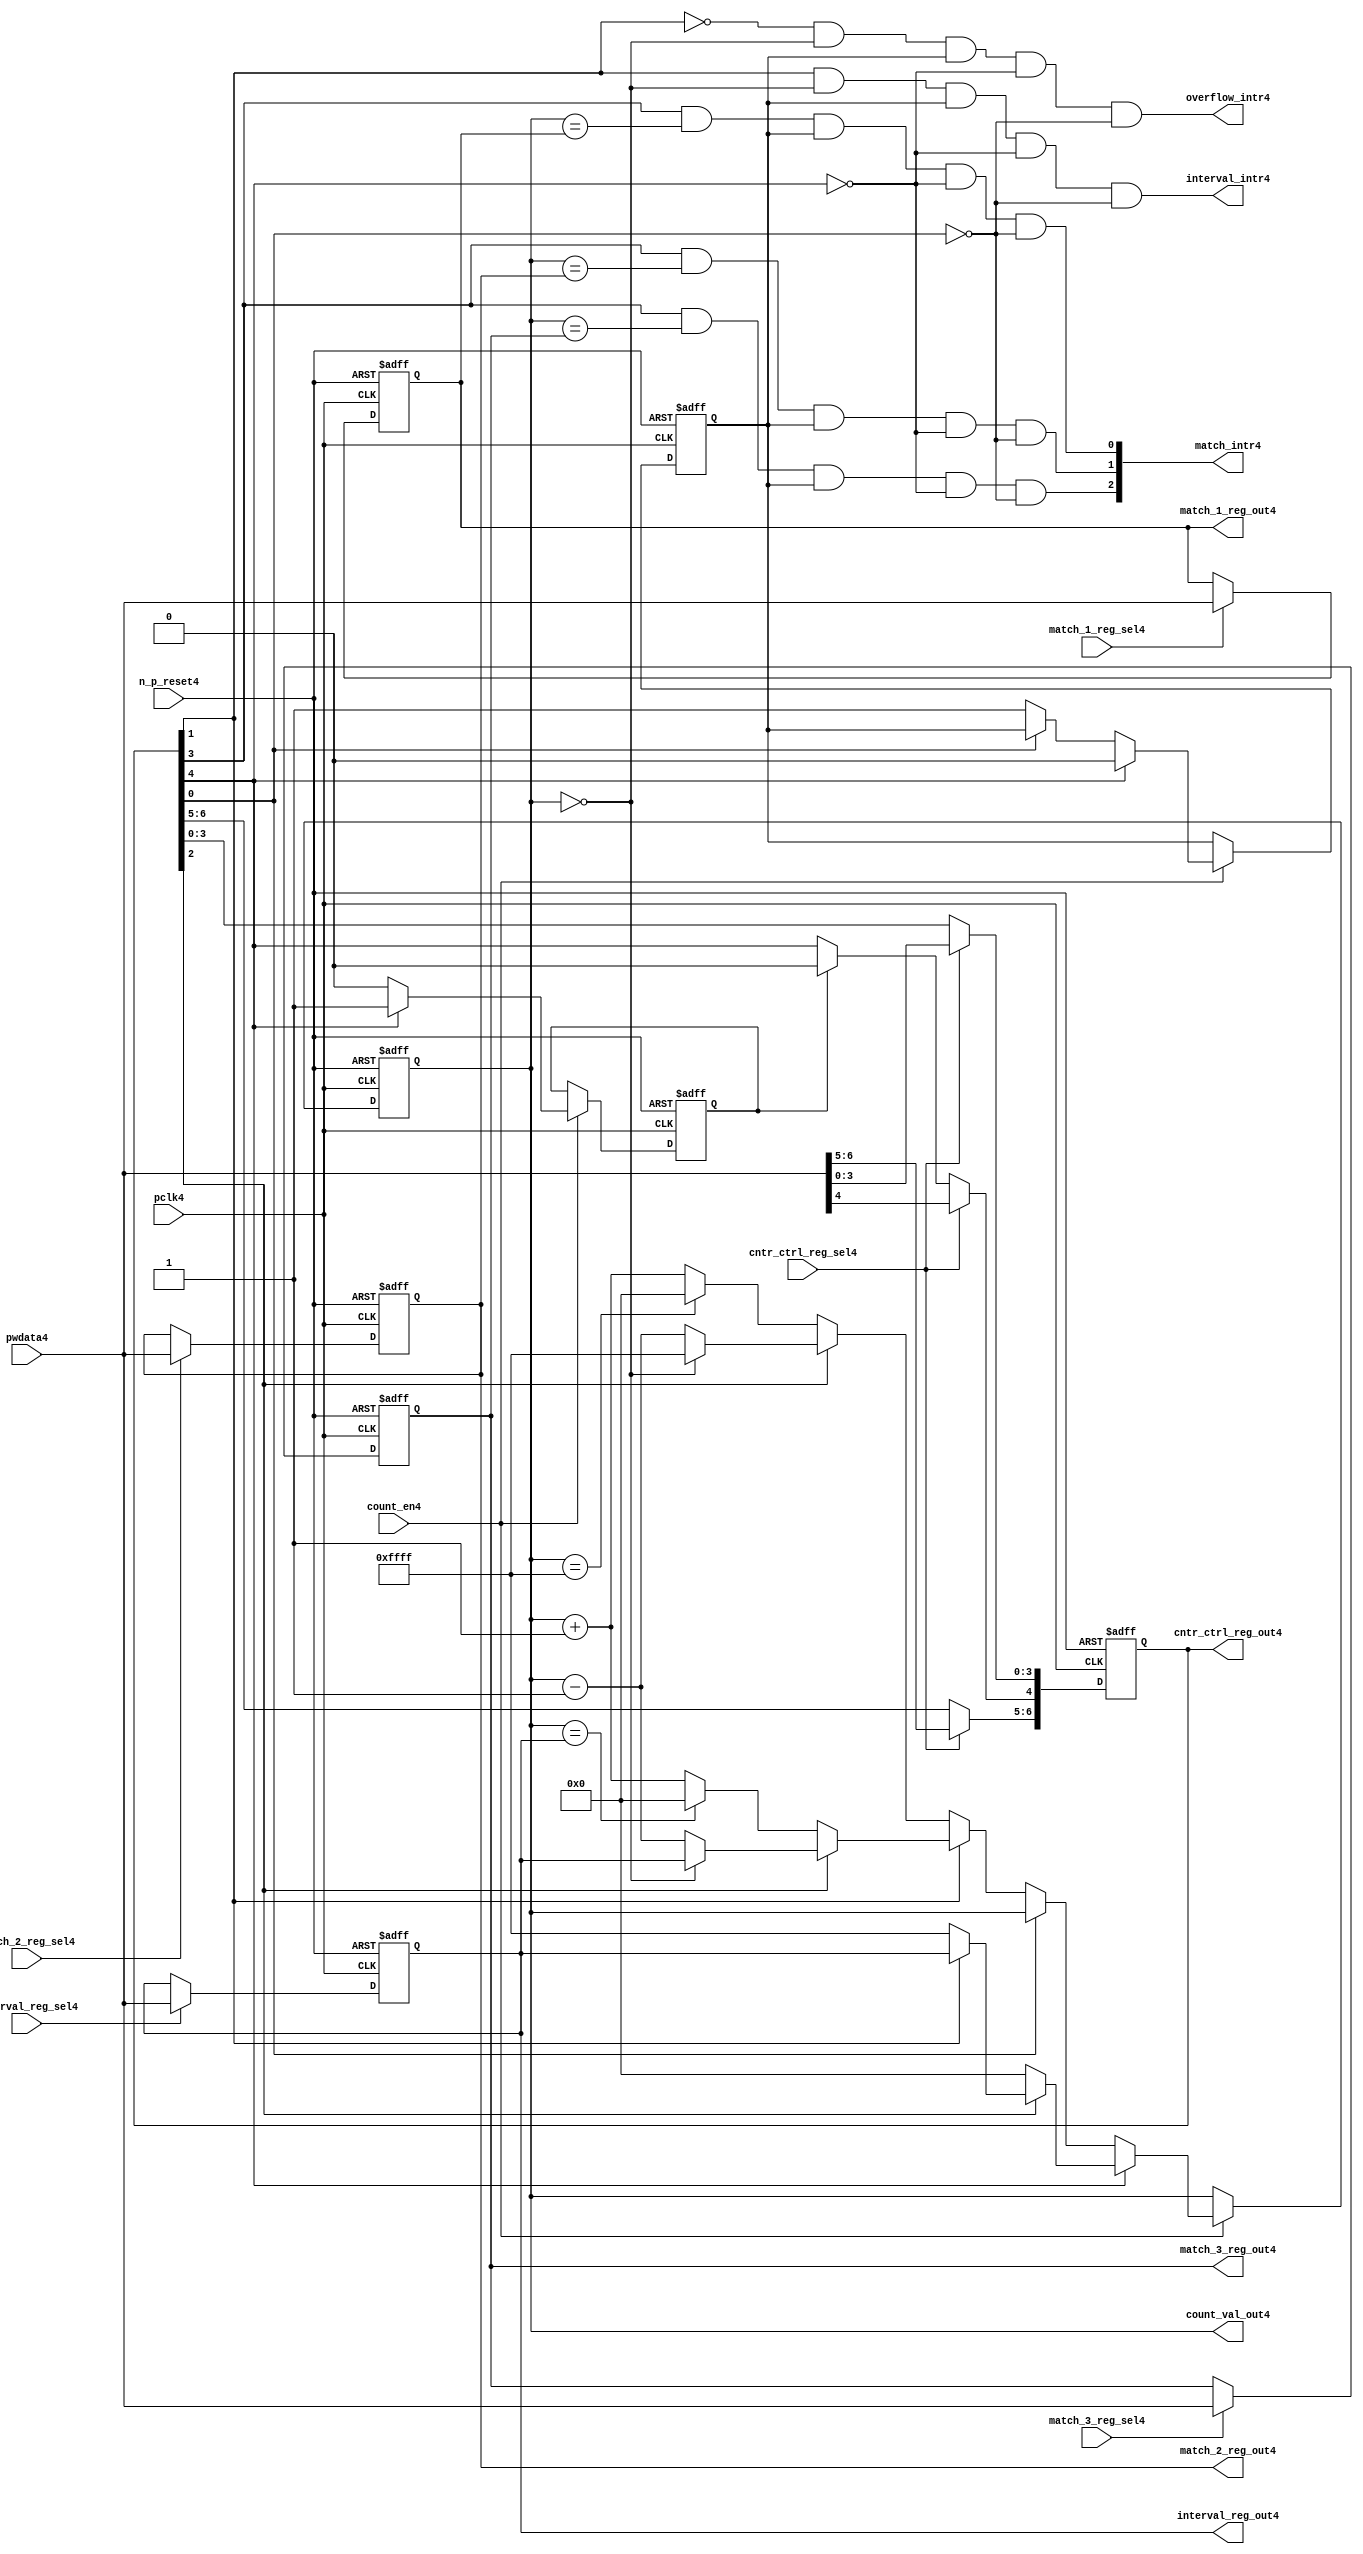
//File4 name   : ttc_counter_lite4.v
//Title4       : 
//Created4     : 1999
//Description4 :The counter can increment and decrement.
//   In increment mode instead of counting4 to its full 16 bit
//   value the counter counts4 up to or down from a programmed4 interval4 value.
//   Interrupts4 are issued4 when the counter overflows4 or reaches4 it's interval4
//   value. In match mode if the count value equals4 that stored4 in one of three4
//   match registers an interrupt4 is issued4.
//Notes4       : 
//----------------------------------------------------------------------
//   Copyright4 1999-2010 Cadence4 Design4 Systems4, Inc4.
//   All Rights4 Reserved4 Worldwide4
//
//   Licensed4 under the Apache4 License4, Version4 2.0 (the
//   "License4"); you may not use this file except4 in
//   compliance4 with the License4.  You may obtain4 a copy of
//   the License4 at
//
//       http4://www4.apache4.org4/licenses4/LICENSE4-2.0
//
//   Unless4 required4 by applicable4 law4 or agreed4 to in
//   writing, software4 distributed4 under the License4 is
//   distributed4 on an "AS4 IS4" BASIS4, WITHOUT4 WARRANTIES4 OR4
//   CONDITIONS4 OF4 ANY4 KIND4, either4 express4 or implied4.  See
//   the License4 for the specific4 language4 governing4
//   permissions4 and limitations4 under the License4.
//----------------------------------------------------------------------
//


module ttc_counter_lite4(

  //inputs4
  n_p_reset4,    
  pclk4,          
  pwdata4,              
  count_en4,
  cntr_ctrl_reg_sel4, 
  interval_reg_sel4,
  match_1_reg_sel4,
  match_2_reg_sel4,
  match_3_reg_sel4,         

  //outputs4    
  count_val_out4,
  cntr_ctrl_reg_out4,
  interval_reg_out4,
  match_1_reg_out4,
  match_2_reg_out4,
  match_3_reg_out4,
  interval_intr4,
  match_intr4,
  overflow_intr4

);


//--------------------------------------------------------------------
// PORT DECLARATIONS4
//--------------------------------------------------------------------

   //inputs4
   input          n_p_reset4;         //reset signal4
   input          pclk4;              //System4 Clock4
   input [15:0]   pwdata4;            //6 Bit4 data signal4
   input          count_en4;          //Count4 enable signal4
   input          cntr_ctrl_reg_sel4; //Select4 bit for ctrl_reg4
   input          interval_reg_sel4;  //Interval4 Select4 Register
   input          match_1_reg_sel4;   //Match4 1 Select4 register
   input          match_2_reg_sel4;   //Match4 2 Select4 register
   input          match_3_reg_sel4;   //Match4 3 Select4 register

   //outputs4
   output [15:0]  count_val_out4;        //Value for counter reg
   output [6:0]   cntr_ctrl_reg_out4;    //Counter4 control4 reg select4
   output [15:0]  interval_reg_out4;     //Interval4 reg
   output [15:0]  match_1_reg_out4;      //Match4 1 register
   output [15:0]  match_2_reg_out4;      //Match4 2 register
   output [15:0]  match_3_reg_out4;      //Match4 3 register
   output         interval_intr4;        //Interval4 interrupt4
   output [3:1]   match_intr4;           //Match4 interrupt4
   output         overflow_intr4;        //Overflow4 interrupt4

//--------------------------------------------------------------------
// Internal Signals4 & Registers4
//--------------------------------------------------------------------

   reg [6:0]      cntr_ctrl_reg4;     // 5-bit Counter4 Control4 Register
   reg [15:0]     interval_reg4;      //16-bit Interval4 Register 
   reg [15:0]     match_1_reg4;       //16-bit Match_14 Register
   reg [15:0]     match_2_reg4;       //16-bit Match_24 Register
   reg [15:0]     match_3_reg4;       //16-bit Match_34 Register
   reg [15:0]     count_val4;         //16-bit counter value register
                                                                      
   
   reg            counting4;          //counter has starting counting4
   reg            restart_temp4;   //ensures4 soft4 reset lasts4 1 cycle    
   
   wire [6:0]     cntr_ctrl_reg_out4; //7-bit Counter4 Control4 Register
   wire [15:0]    interval_reg_out4;  //16-bit Interval4 Register 
   wire [15:0]    match_1_reg_out4;   //16-bit Match_14 Register
   wire [15:0]    match_2_reg_out4;   //16-bit Match_24 Register
   wire [15:0]    match_3_reg_out4;   //16-bit Match_34 Register
   wire [15:0]    count_val_out4;     //16-bit counter value register

//-------------------------------------------------------------------
// Assign4 output wires4
//-------------------------------------------------------------------

   assign cntr_ctrl_reg_out4 = cntr_ctrl_reg4;    // 7-bit Counter4 Control4
   assign interval_reg_out4  = interval_reg4;     // 16-bit Interval4
   assign match_1_reg_out4   = match_1_reg4;      // 16-bit Match_14
   assign match_2_reg_out4   = match_2_reg4;      // 16-bit Match_24 
   assign match_3_reg_out4   = match_3_reg4;      // 16-bit Match_34 
   assign count_val_out4     = count_val4;        // 16-bit counter value
   
//--------------------------------------------------------------------
// Assigning4 interrupts4
//--------------------------------------------------------------------

   assign interval_intr4 =  cntr_ctrl_reg4[1] & (count_val4 == 16'h0000)
      & (counting4) & ~cntr_ctrl_reg4[4] & ~cntr_ctrl_reg4[0];
   assign overflow_intr4 = ~cntr_ctrl_reg4[1] & (count_val4 == 16'h0000)
      & (counting4) & ~cntr_ctrl_reg4[4] & ~cntr_ctrl_reg4[0];
   assign match_intr4[1]  =  cntr_ctrl_reg4[3] & (count_val4 == match_1_reg4)
      & (counting4) & ~cntr_ctrl_reg4[4] & ~cntr_ctrl_reg4[0];
   assign match_intr4[2]  =  cntr_ctrl_reg4[3] & (count_val4 == match_2_reg4)
      & (counting4) & ~cntr_ctrl_reg4[4] & ~cntr_ctrl_reg4[0];
   assign match_intr4[3]  =  cntr_ctrl_reg4[3] & (count_val4 == match_3_reg4)
      & (counting4) & ~cntr_ctrl_reg4[4] & ~cntr_ctrl_reg4[0];


//    p_reg_ctrl4: Process4 to write to the counter control4 registers
//    cntr_ctrl_reg4 decode:  0 - Counter4 Enable4 Active4 Low4
//                           1 - Interval4 Mode4 =1, Overflow4 =0
//                           2 - Decrement4 Mode4
//                           3 - Match4 Mode4
//                           4 - Restart4
//                           5 - Waveform4 enable active low4
//                           6 - Waveform4 polarity4
   
   always @ (posedge pclk4 or negedge n_p_reset4)
   begin: p_reg_ctrl4  // Register writes
      
      if (!n_p_reset4)                                   
      begin                                     
         cntr_ctrl_reg4 <= 7'b0000001;
         interval_reg4  <= 16'h0000;
         match_1_reg4   <= 16'h0000;
         match_2_reg4   <= 16'h0000;
         match_3_reg4   <= 16'h0000;  
      end    
      else 
      begin
         if (cntr_ctrl_reg_sel4)
            cntr_ctrl_reg4 <= pwdata4[6:0];
         else if (restart_temp4)
            cntr_ctrl_reg4[4]  <= 1'b0;    
         else 
            cntr_ctrl_reg4 <= cntr_ctrl_reg4;             

         interval_reg4  <= (interval_reg_sel4) ? pwdata4 : interval_reg4;
         match_1_reg4   <= (match_1_reg_sel4)  ? pwdata4 : match_1_reg4;
         match_2_reg4   <= (match_2_reg_sel4)  ? pwdata4 : match_2_reg4;
         match_3_reg4   <= (match_3_reg_sel4)  ? pwdata4 : match_3_reg4;   
      end
      
   end  //p_reg_ctrl4

   
//    p_cntr4: Process4 to increment or decrement the counter on receiving4 a 
//            count_en4 signal4 from the pre_scaler4. Count4 can be restarted4
//            or disabled and can overflow4 at a specified interval4 value.
   
   
   always @ (posedge pclk4 or negedge n_p_reset4)
   begin: p_cntr4   // Counter4 block

      if (!n_p_reset4)     //System4 Reset4
      begin                     
         count_val4 <= 16'h0000;
         counting4  <= 1'b0;
         restart_temp4 <= 1'b0;
      end
      else if (count_en4)
      begin
         
         if (cntr_ctrl_reg4[4])     //Restart4
         begin     
            if (~cntr_ctrl_reg4[2])  
               count_val4         <= 16'h0000;
            else
            begin
              if (cntr_ctrl_reg4[1])
                 count_val4         <= interval_reg4;     
              else
                 count_val4         <= 16'hFFFF;     
            end
            counting4       <= 1'b0;
            restart_temp4   <= 1'b1;

         end
         else 
         begin
            if (!cntr_ctrl_reg4[0])          //Low4 Active4 Counter4 Enable4
            begin

               if (cntr_ctrl_reg4[1])  //Interval4               
                  if (cntr_ctrl_reg4[2])  //Decrement4        
                  begin
                     if (count_val4 == 16'h0000)
                        count_val4 <= interval_reg4;  //Assumed4 Static4
                     else
                        count_val4 <= count_val4 - 16'h0001;
                  end
                  else                   //Increment4
                  begin
                     if (count_val4 == interval_reg4)
                        count_val4 <= 16'h0000;
                     else           
                        count_val4 <= count_val4 + 16'h0001;
                  end
               else    
               begin  //Overflow4
                  if (cntr_ctrl_reg4[2])   //Decrement4
                  begin
                     if (count_val4 == 16'h0000)
                        count_val4 <= 16'hFFFF;
                     else           
                        count_val4 <= count_val4 - 16'h0001;
                  end
                  else                    //Increment4
                  begin
                     if (count_val4 == 16'hFFFF)
                        count_val4 <= 16'h0000;
                     else           
                        count_val4 <= count_val4 + 16'h0001;
                  end 
               end
               counting4  <= 1'b1;
            end     
            else
               count_val4 <= count_val4;   //Disabled4
   
            restart_temp4 <= 1'b0;
      
         end
     
      end // if (count_en4)

      else
      begin
         count_val4    <= count_val4;
         counting4     <= counting4;
         restart_temp4 <= restart_temp4;               
      end
     
   end  //p_cntr4

endmodule